Investigations on Bengal jail dietaries - Number 37
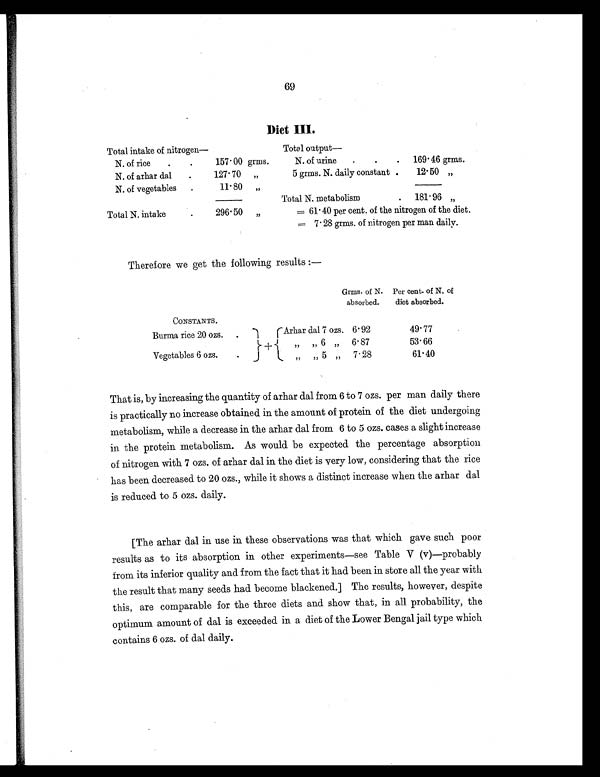
69
Diet III.
Total intake of nitrogen—
Total output
N. of rice
.
157. 00 grms.
N. of urine
.
.
.
169. 46 grms.
N. of arhar dal
.
127. 70
„
5 grms. N. daily constant
.
12.50
„
N. of vegetables
.
11.80
„
Total N. metabolism
.
181. 96
„
Total N. intake
.
296. 50
„
= 61.40 per cent. of the nitrogen of the diet.
=7. 28 grms. of nitrogen per man daily.
Therefore we get the following results
Grms. of N.
Per cent. of N. of
absorbed.
diet absorbed.
CONSTANTS.
Burma rice 20 ozs.
A r h a r dal 7 ozs.
6. 92
49.77
+
„
„ 6
„
6. 87
53.66
Vegetables 6 ozs.
„
,,
5
„
7.28
61.40
That is, by increasing the quantity of arhar dal from 6 to 7 ozs. per man daily there
is practically no increase obtained in the amount of protein of the diet undergoing
metabolism, while a decrease in the arhar dal from 6 to 5 ozs. cases a slight increase
in the protein metabolism. As would be expected the percentage absorption
of nitrogen with 7 ozs. of arhar dal in the diet is very low, considering that the rice
has been decreased to 20 ozs., while it shows a distinct increase when the arhar dal
is reduced to 5 ozs. daily.
[The arhar dal in use in these observations was that which gave such poor
results as to its absorption in other experiments—see Table V (v)—probably
from its inferior quality and from the fact that it had been in store all the year with
the result that many seeds had become blackened.] The results, however, despite
this, are comparable for the three diets and show that, in all probability, the
optimum amount of dal is exceeded in a diet of the Lower Bengal jail type which
contains 6 ozs. of dal daily.